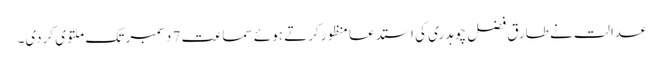
عدالت نے طارق فضل چوہدری کی استدعا منظورکرتے ہوئے سماعت 7 دسمبر تک ملتوی کردی۔